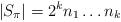
LaTeX: \begin{align*}\displaystyle \lvert S_\pi\rvert=2^k n_1\ldots n_k\end{align*}